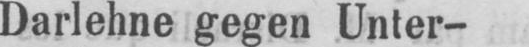
Darlehne gegen Unter-